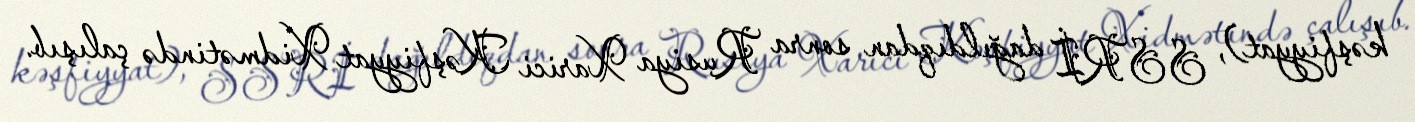
kəşfiyyat), SSRİ dağıldıqdan sonra Rusiya Xarici Kəşfiyyat Xidmətində çalışıb.